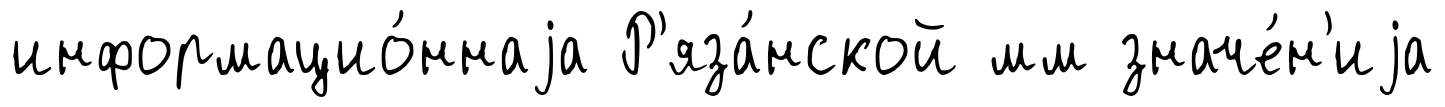
информацио́ннаjа Р'яза́нской мм значе́н'иjа